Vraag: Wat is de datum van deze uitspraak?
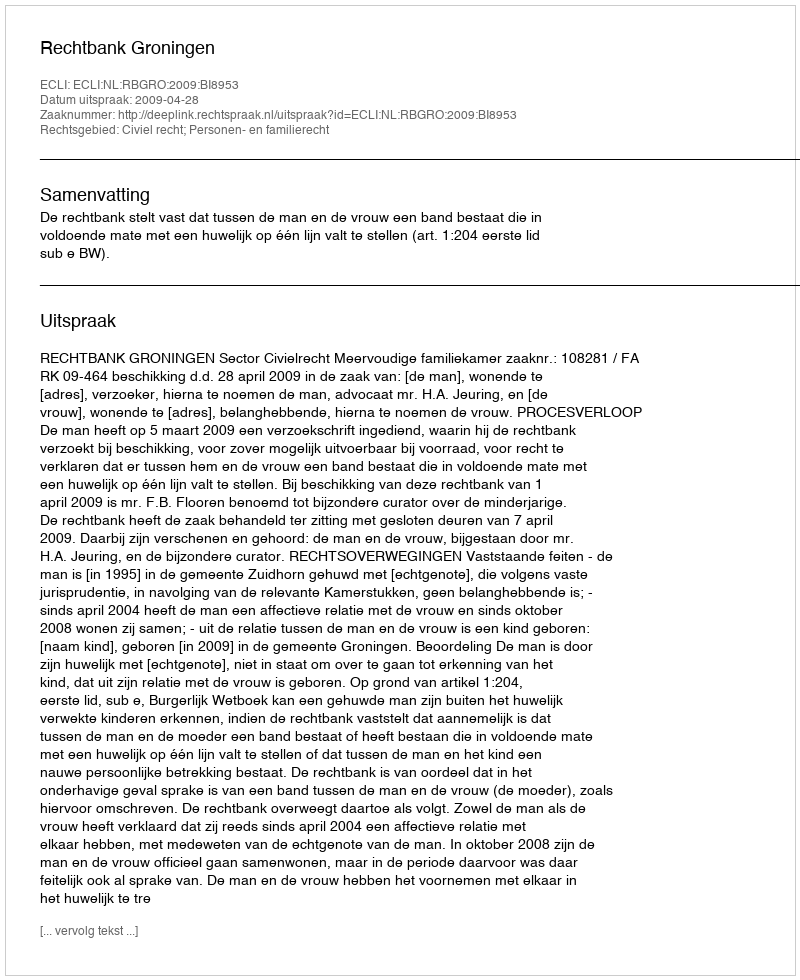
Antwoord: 2009-04-28